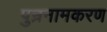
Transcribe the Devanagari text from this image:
पुन्रनामकरण